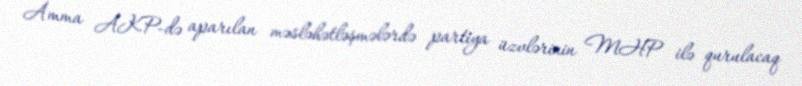
Amma AKP-də aparılan məsləhətləşmələrdə partiya üzvlərinin MHP ilə qurulacaq